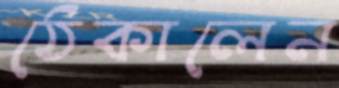
ঠেকালেন